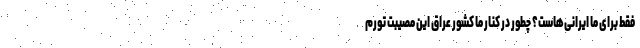
فقط برای ما ایرانی‌هاست؟ چطور در کنار ما کشور عراق این مصیبت تورم